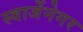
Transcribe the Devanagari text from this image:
स्वार्जेनेगर